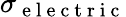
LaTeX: \sigma_{\mathrm{~e~l~e~c~t~r~i~c~}}